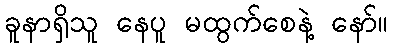
ခူနာရှိသူ နေပူ မထွက်စေနဲ့ နော်။